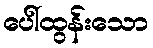
ပေါ်ထွန်းသော